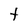
Character: t